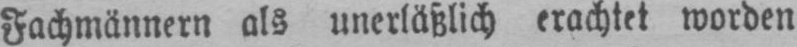
Fachmännern als unerläßlich erachtet worden